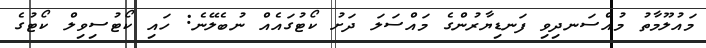
މައުލޫމާތު މުއްސަނދިވި ފަނޑިޔާރުންގެ މައްސަލަ ދަށު ކޯޓުގައެއް ނުބެލޭނެ: ހައި ކޯޓުސިވިލް ކޯޓުގެ